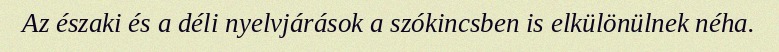
Az északi és a déli nyelvjárások a szókincsben is elkülönülnek néha.